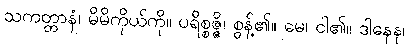
သကတ္တာနံ၊ မိမိကိုယ်ကို။ ပရိစ္စဇ္ဇိ၊ စွန့်၏။ မေ၊ ငါ၏။ ဒါနေန၊